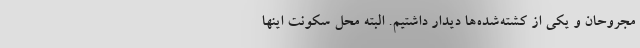
مجروحان و یکی از کشته‌شده‌ها دیدار داشتیم. البته محل سکونت اینها